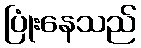
ပြုံးနေသည်